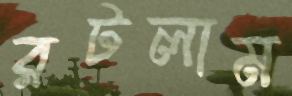
রটলাম